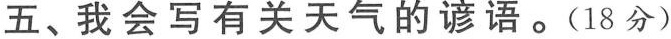
五、我会写有关天气的谚语。(18分)